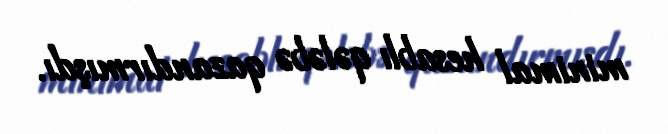
minimal hesablı qələbə qazandırmışdı.